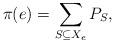
LaTeX: \begin{align*}\pi(e) = \sum_{S \subseteq X_e} P_S,\end{align*}